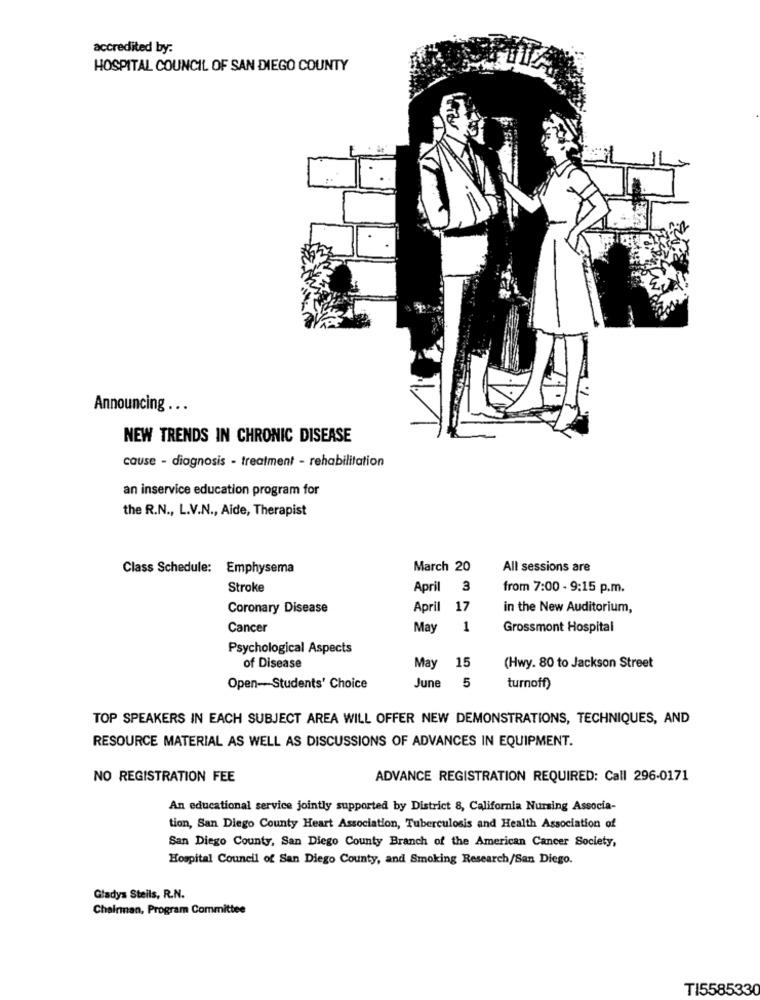
accredited by:
HOSPITAL COUNCIL OF SAN DIEGO COUNTY
Announcing ...
NEW TRENDS IN CHRONIC DISEASE
cause - diagnosis - treatment - rehabilitation
an inservice education program for
the R.N ., L.V.N ., Aide, Therapist
Class Schedule: Emphysema
March 20
All sessions are
Stroke
April 3
from 7:00 - 9:15 p.m.
Coronary Disease
April
17
in the New Auditorium,
Cancer
May
1
Grossmont Hospital
Psychological Aspects
of Disease
May 15
(Hwy. 80 to Jackson Street
Open-Students' Choice
June
5
turnoff)
TOP SPEAKERS IN EACH SUBJECT AREA WILL OFFER NEW DEMONSTRATIONS, TECHNIQUES, AND
RESOURCE MATERIAL AS WELL AS DISCUSSIONS OF ADVANCES IN EQUIPMENT.
NO REGISTRATION FEE
ADVANCE REGISTRATION REQUIRED: Call 296-0171
An educational service jointly supported by District 8, California Nursing Associa-
tion, San Diego County Heart Association, Tuberculosis and Health Association of
San Diego County, San Diego County Branch of the American Cancer Society,
Hospital Council of San Diego County, and Smoking Research/San Diego.
Gladys Steils, R.N.
Chairman, Program Committee
TI5585330